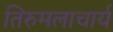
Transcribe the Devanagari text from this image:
तिरुमलाचार्य